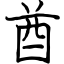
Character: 酋